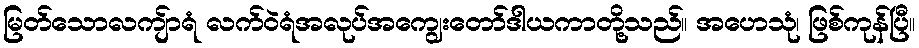
မြတ်သောလကျ်ာရံ လက်ဝဲရံအလုပ်အကျွေးတော်ဒါယကာတို့သည်။ အဟေသုံ၊ ဖြစ်ကုန်ပြီ။